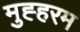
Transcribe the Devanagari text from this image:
मुह्हरम